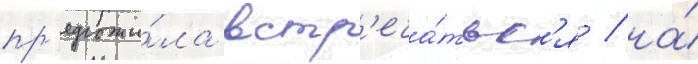
пр'едложи́ла встр'еча́тьс'я / на́